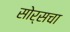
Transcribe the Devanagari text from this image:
सोर्सचा